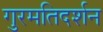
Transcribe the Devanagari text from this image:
गुरमतिदर्शन